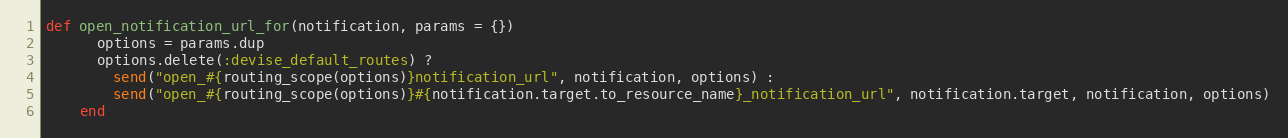
Language: Ruby
def open_notification_url_for(notification, params = {})
      options = params.dup
      options.delete(:devise_default_routes) ?
        send("open_#{routing_scope(options)}notification_url", notification, options) :
        send("open_#{routing_scope(options)}#{notification.target.to_resource_name}_notification_url", notification.target, notification, options)
    end